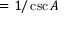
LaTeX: = { 1 / \csc A }